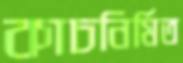
কাচনির্মিত